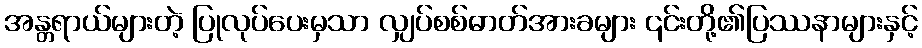
အန္တရာယ်များတဲ့ ပြုလုပ်ပေးမှသာ လျှပ်စစ်ဓာတ်အားခများ ၎င်းတို့၏ပြဿနာများနှင့်